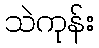
သဲကုန်း